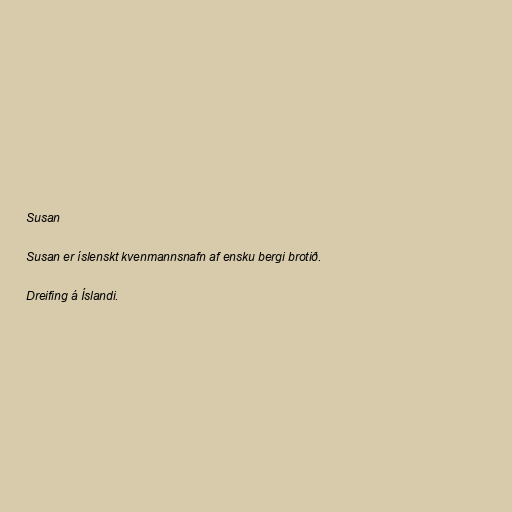
Susan

Susan er íslenskt kvenmannsnafn af ensku bergi brotið.

Dreifing á Íslandi.